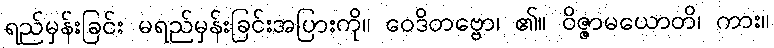
ရည်မှန်းခြင်း မရည်မှန်းခြင်းအပြားကို။ ဝေဒိတဗ္ဗော၊ ၏။ ဝိဇ္ဇာမယောတိ၊ ကား။